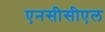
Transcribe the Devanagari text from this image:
एनसीसीएल